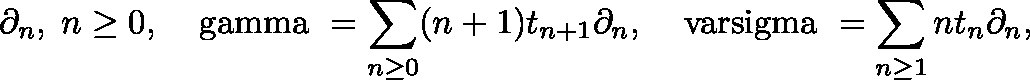
\partial _ { n } , \; n \geq 0 , \, \; \mathrm { \boldmath ~ \ g a m m a ~ } = \sum _ { n \geq 0 } ( n + 1 ) t _ { n + 1 } \partial _ { n } , \, \; \mathrm { \boldmath ~ \ v a r s i g m a ~ } = \sum _ { n \geq 1 } n t _ { n } \partial _ { n } ,